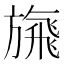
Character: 𩙴